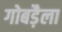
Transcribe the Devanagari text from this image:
गोबड़ैला